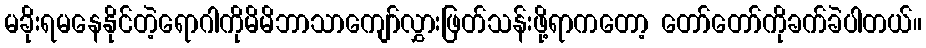
မခိုးရမနေနိုင်တဲ့ရောဂါကိုမိမိဘာသာကျော်လွှားဖြတ်သန်းဖို့ရာကတော့ တော်တော်ကိုခက်ခဲပါတယ်။